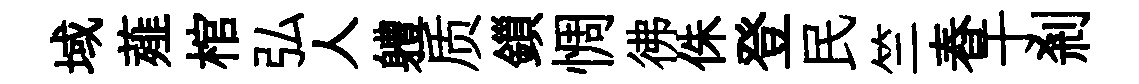
域薤棺弘人軆质鎻惆彿侏登民竺舂于剎